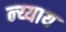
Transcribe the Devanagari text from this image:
न्य्याय